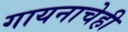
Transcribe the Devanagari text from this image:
गायनाचेही